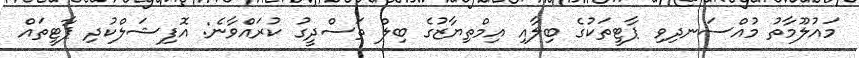
މައުލޫމާތު މުއްސަނދިވި ޕާޓީތަކުގެ ބިލާއި އިމްތިޔާޒުގެ ބިލް ތަސްދީގު ކުރައްވާނެ: އޮފިޝަލްކުދި ޕާޓީތައް